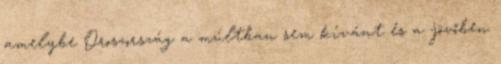
amelybe Oroszország a múltban sem kívánt és a jövőben